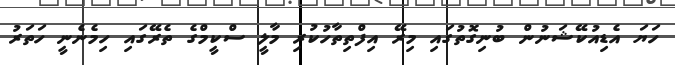
ހަޔަ އެޑިއުކޭޝަނުން ބުނިގޮތުގައި މިރޭ އިފްތިތާހުކުރި މާލީ ސްކީމްގެ ތެރޭގައި ހިމެނެނީ ހަތަރު